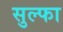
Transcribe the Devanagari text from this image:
सुल्फा